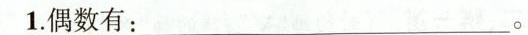
1.偶数有：_。